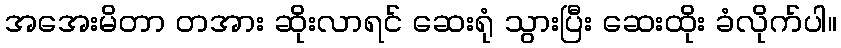
အအေးမိတာ တအား ဆိုးလာရင် ဆေးရုံ သွားပြီး ဆေးထိုး ခံလိုက်ပါ။